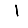
Digit: 1